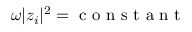
\omega | z _ { i } | ^ { 2 } = \mathrm { ~ c ~ o ~ n ~ s ~ t ~ a ~ n ~ t ~ }